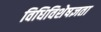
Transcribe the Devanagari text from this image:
विधिविशेषज्ञता